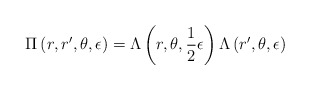
\begin{align*}\Pi \left(r,r',\theta ,\epsilon \right) =\Lambda \left(r, \theta,\frac{1}{2} \epsilon \right) \Lambda\left(r',\theta,\epsilon \right)\end{align*}